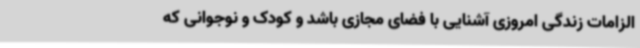
الزامات زندگی امروزی آشنایی با فضای مجازی باشد و کودک و نوجوانی که